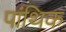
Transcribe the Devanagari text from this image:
पांथिक